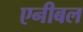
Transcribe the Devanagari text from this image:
एनीबल